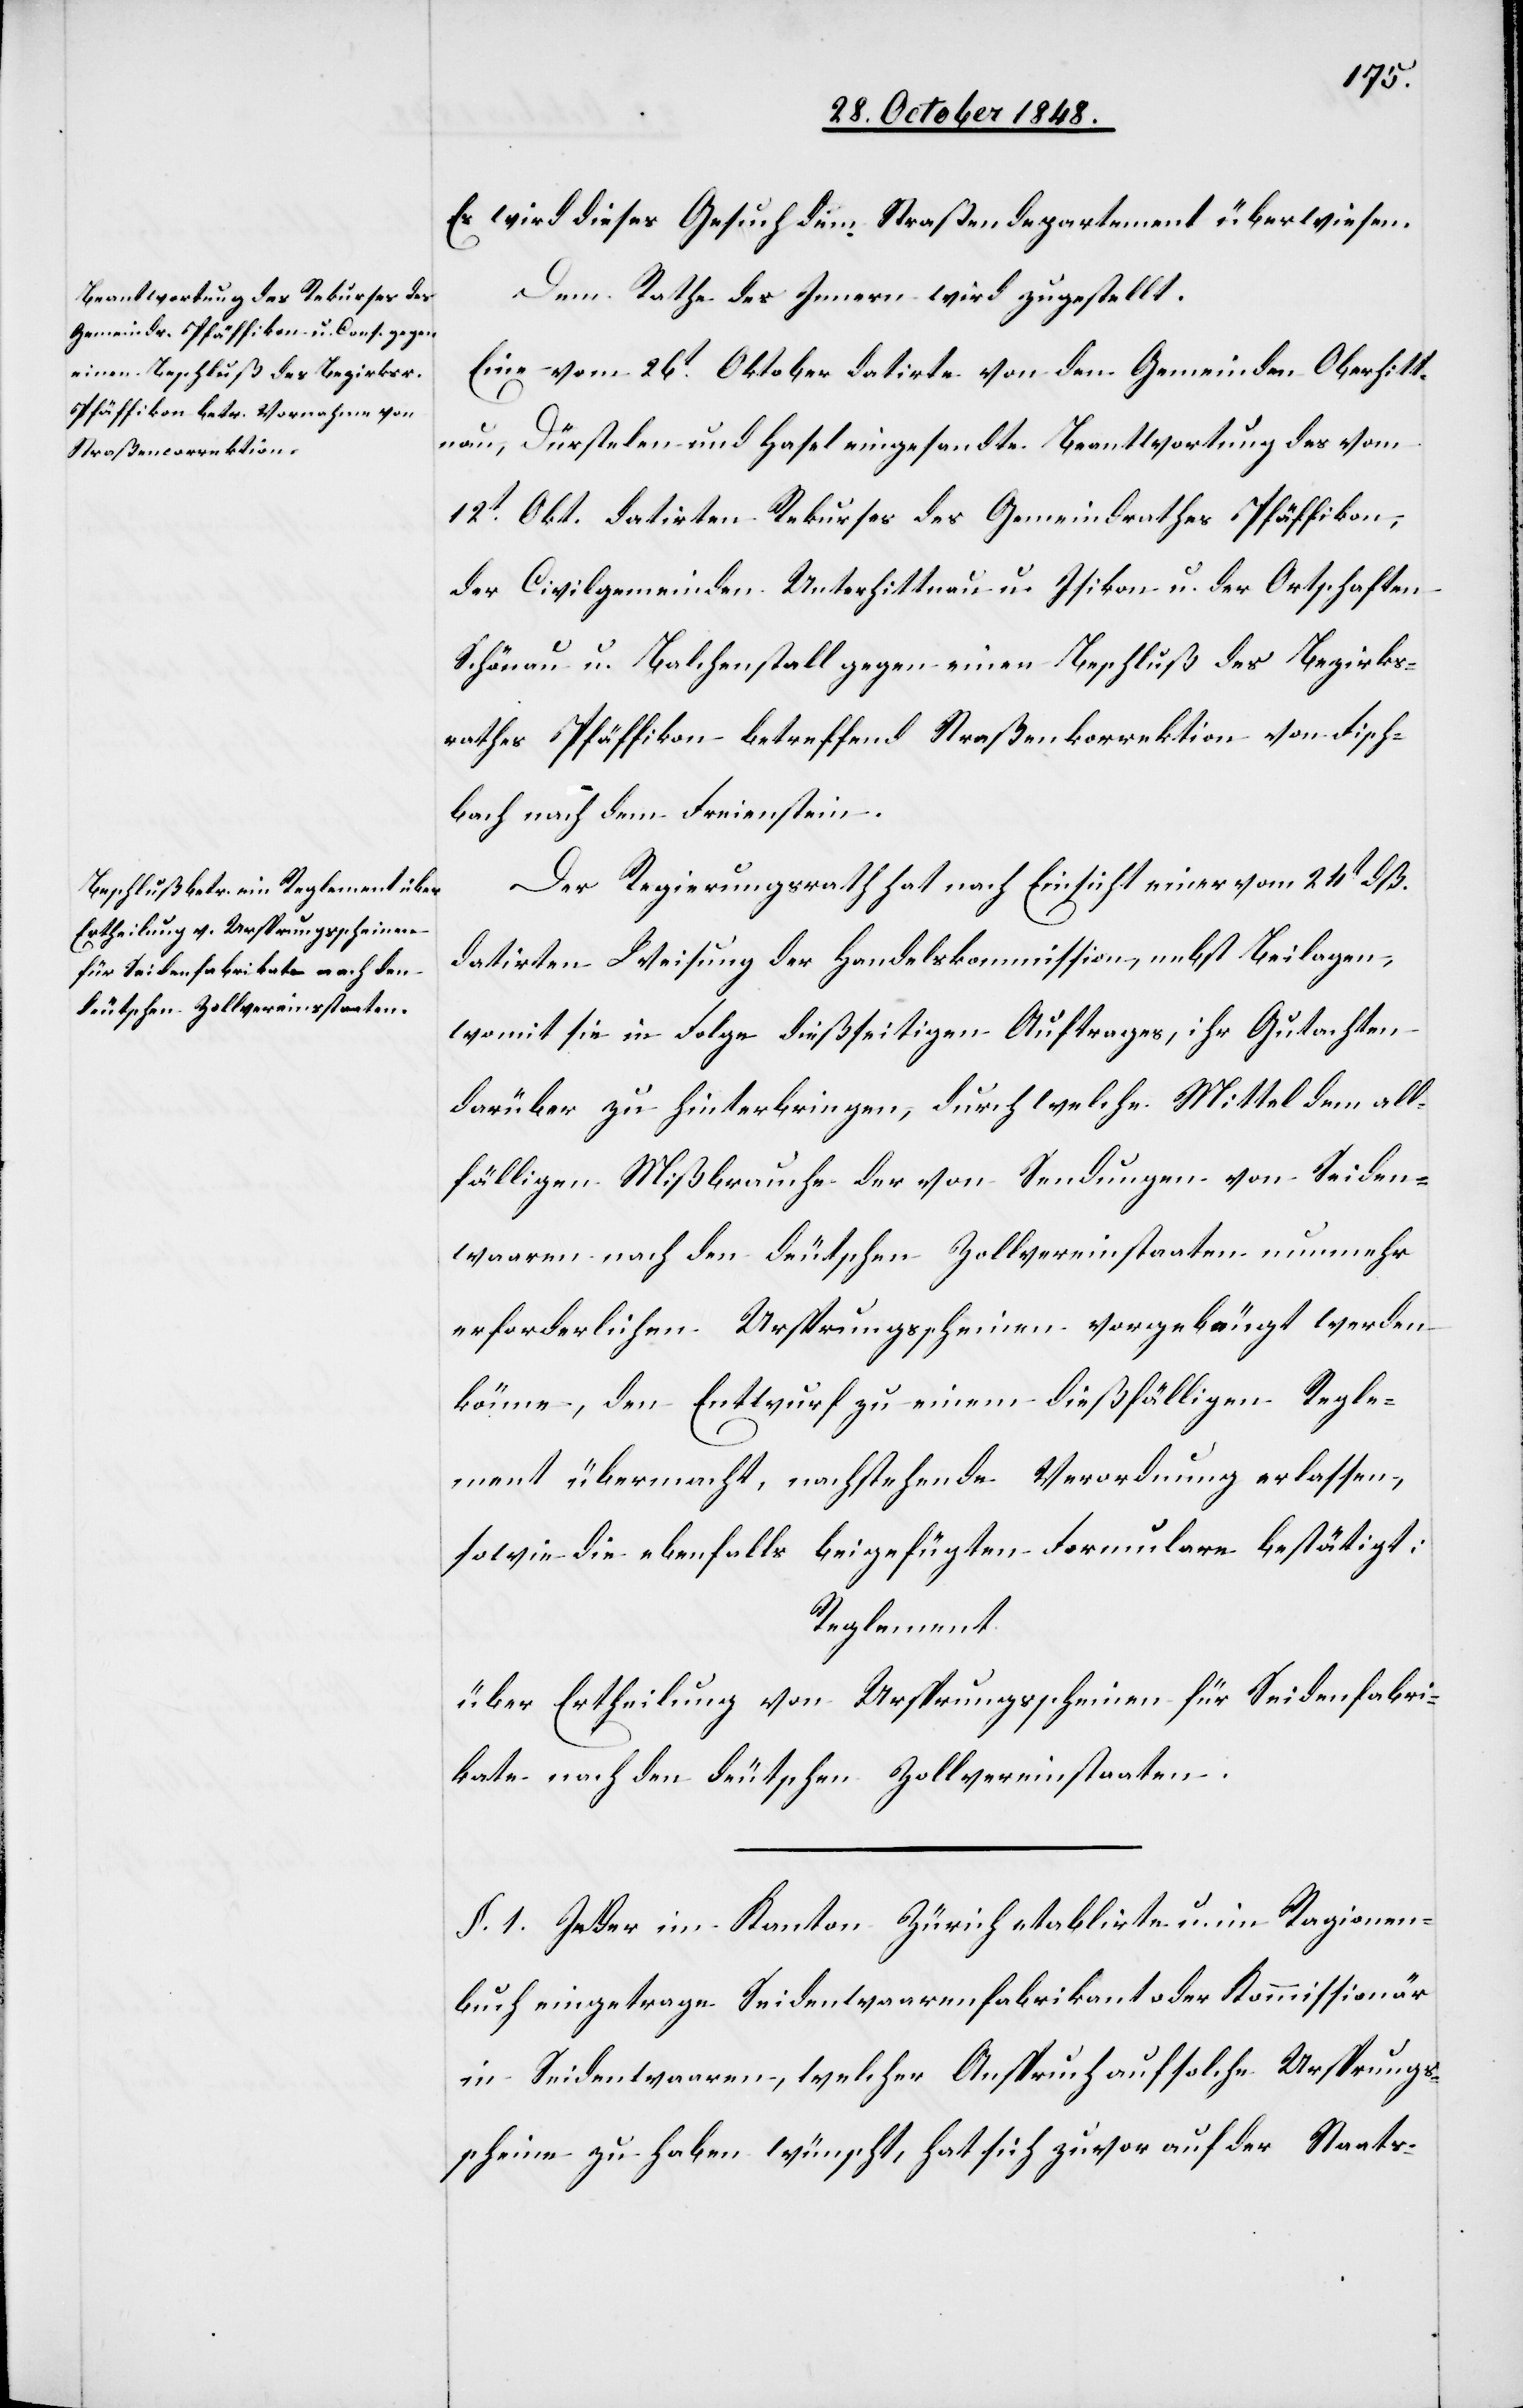
Es wird dieses Gesuch dem Straßendepartement überwiesen.
Dem Rathe des Innern wird zugestellt.
Eine vom 26t Oktober datirte von den Gemeinden Oberhitt¬
nau, Dürstelen und Hasel eingesandte Beantwortung des vom
12t Okt. datirten Rekurses des Gemeindrathes Pfäffikon,
der Civilgemeinden Unterhittnau u. Isikon u. der Ortschaften
Schönau u. Blachenstall gegen einen Beschluß des Bezirks¬
rathes Pfäffikon betreffend Straßenkorrektion von Fisch¬
bach nach dem Freienstein.
Der Regierungsrath hat nach Einsicht einer vom 24t dß.
datirten Weisung der Handelskommission, nebst Beilagen,
womit sie in Folge dießseitigen Auftrages, ihr Gutachten
darüber zu hinterbringen, durch welche Mittel dem all¬
fälligen Mißbrauche der von Sendungen von Seiden¬
waaren nach den deutschen Zollvereinstaaten nunmehr
erforderlichen Ursprungsscheinen vorgebäugt werden
könne, den Entwurf zu einem dießfälligen Regle¬
ment übermacht, nachstehende Verordnung erlassen,
sowie die ebenfalls beigefügten Formulare bestätigt:
Reglement
über Ertheilung von Ursprungsscheinen für Seidenfabri¬
kate nach den deutschen Zollvereinstaaten.
§. 1. Jeder im Kanton Zürich etablirte u. im Ragionen¬
buch eingetrage[ne] Seidenwaarenfabrikant oder Kommissionär
in Seidenwaaren, welcher Anspruch auf solche Ursprungs¬
scheine zu haben wünscht, hat sich zuvor auf der Staats-